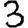
Digit: 3